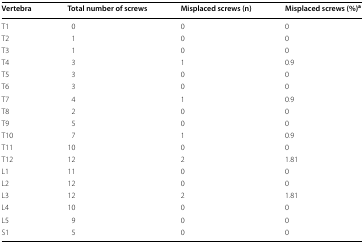
| Vertebra | Total number of screws | Misplaced screws (n) | Misplaced screws (%)a |
 | --- | --- | --- | --- |
 | T1 | 0 | 0 | 0 |
 | T2 | 1 | 0 | 0 |
 | T3 | 1 | 0 | 0 |
 | T4 | 3 | 1 | 0.9 |
 | T5 | 3 | 0 | 0 |
 | T6 | 3 | 0 | 0 |
 | T7 | 4 | 1 | 0.9 |
 | T8 | 2 | 0 | 0 |
 | T9 | 5 | 0 | 0 |
 | T10 | 7 | 1 | 0.9 |
 | T11 | 10 | 0 | 0 |
 | T12 | 12 | 2 | 1.81 |
 | L1 | 11 | 0 | 0 |
 | L2 | 12 | 0 | 0 |
 | L3 | 12 | 2 | 1.81 |
 | L4 | 10 | 0 | 0 |
 | L5 | 9 | 0 | 0 |
 | S1 | 5 | 0 | 0 |